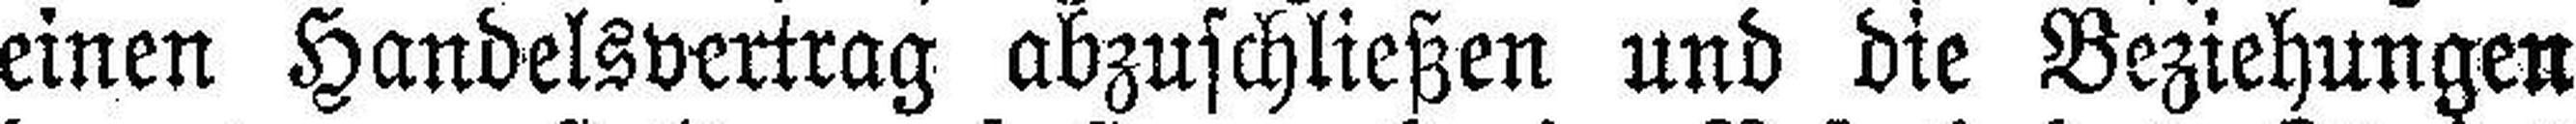
einen Handelsvertrag abzuschließen und die Beziehungen